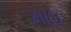
માઇ